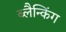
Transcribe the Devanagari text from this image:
ब्लैन्किंग